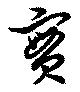
實